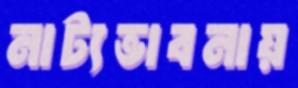
নাট্যভাবনায়